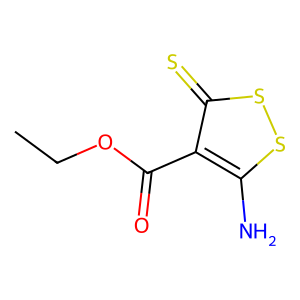
SMILES: CCOC(=O)c1c(N)ssc1=S
Inhibits HIV replication: Yes